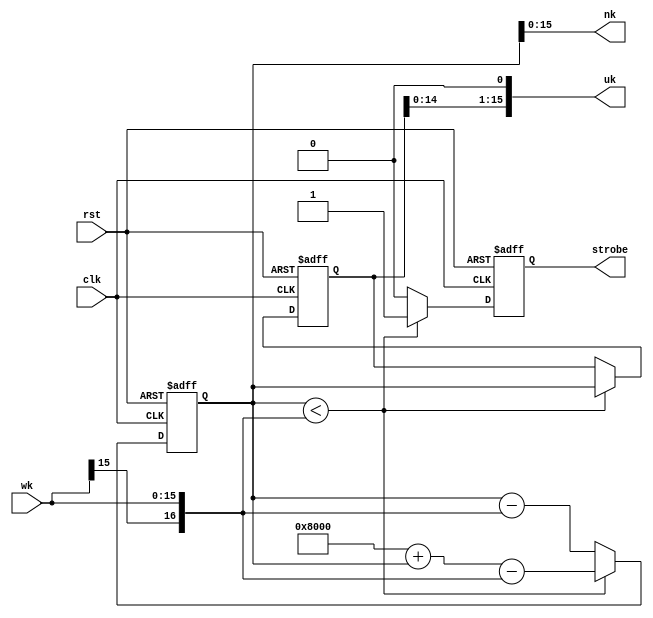
//gnco.v
module gnco (
	rst,clk,wk,
	uk,nk,strobe); 
	
	input		rst;   //
	input		clk;   ////4/4 MHz
	input   signed [15:0] wk;     //15 bit
	output  signed [15:0] uk;     //NCO15 bit
	output  signed [15:0] nk;     //NCO
	output  strobe;               //NCO
	
   reg signed [16:0] nkt;
	reg signed [16:0] ut;
	reg str;
   always @(posedge clk or posedge rst)
      if (rst)
		   begin
				//nkuk
				nkt <= 17'b00110000000000000;	
				str <= 1'b0;
				ut  <= 17'b00100000000000000;	
			end
		else
		   begin
			   if (nkt < {wk[15],wk})
				   begin
						// +1mod(1);
						nkt <= 17'b01000000000000000+nkt-{wk[15],wk};
						str <= 1'b1;
						//nktwk2u
						ut <= nkt;
					end
				else
				   begin
						nkt <= nkt-{wk[15],wk};
						str <= 1'b0;
					end
	        end
			  
		assign nk = nkt[15:0];
	   assign uk = {ut[14:0],1'b0};
	   assign strobe = str;	

endmodule